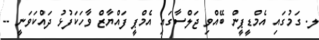
ލ. ގަމުގައި އެމްޑީޕީން ބޭއްވި ޖަލްސާގައި އެމްޕީ ފައްޔާޒް ވާހަކަފުޅު ދައްކަވަނީ --